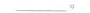
________。